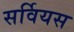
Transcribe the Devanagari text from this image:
सर्वियस